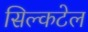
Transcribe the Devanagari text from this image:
सिल्कटेल